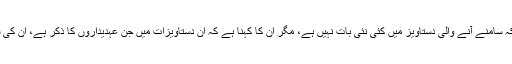
گو امریکی عہدیدار تسلیم کرتے ہیں کہ سامنے آنے والی دستاویز میں کئی نئی بات نہیں ہے، مگر ان کا کہنا ہے کہ ان دستاویزات میں جن عہدیداروں کا ذکر ہے، ان کی سیکیورٹی خطرےمیں پڑ سکتی ہے ۔